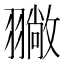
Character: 𦒚